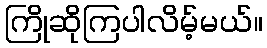
ကြိုဆိုကြပါလိမ့်မယ်။